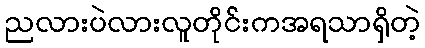
ညလားပဲလားလူတိုင်းကအရသာရှိတဲ့